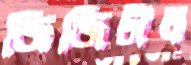
জিজিটাল